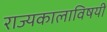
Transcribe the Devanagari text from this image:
राज्यकालाविषयी